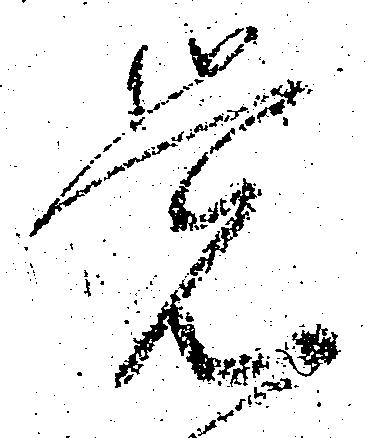
覚